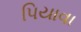
પિયાવા